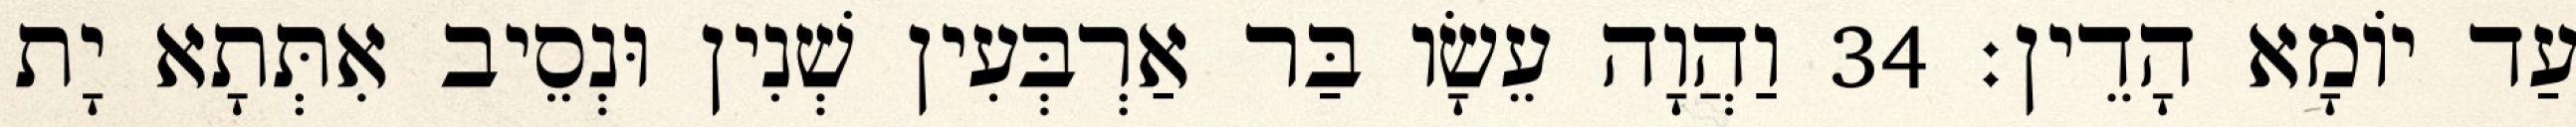
עַד יוֹמָא הָדֵין׃ 34 וַהֲוָה עֵשָׂו בַּר אַרְבְּעִין שְׁנִין וּנְסֵיב אִתְּתָא יָת